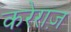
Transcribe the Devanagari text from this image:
करेराज़